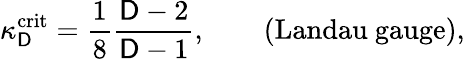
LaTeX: \kappa_{\mathsf{D}}^{\mathrm{{crit}}}=\frac{{1}}{{8}}\frac{{\mathsf{D}-2}}{{\mathsf{D}-1}},\qquad\mathrm{{(Landau~gauge)}},